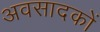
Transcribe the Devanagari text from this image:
अवसादकों